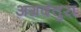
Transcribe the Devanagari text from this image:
अग्रदंतुरा